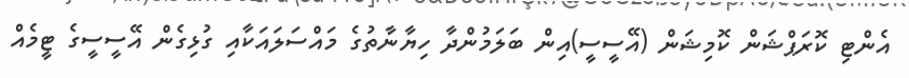
އެންޓި ކޮރަޕްޝަން ކޮމިޝަން (އޭސީސީ)އިން ބަލަމުންދާ ހިޔާނާތުގެ މައްސަލައަކާއި ގުޅިގެން އޭސީސީގެ ޓީމެއް